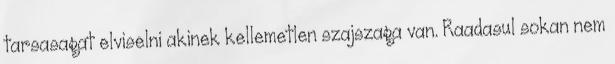
tarsasagat elviselni akinek kellemetlen szajszaga van. Raadasul sokan nem